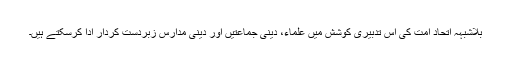
بلاشبہہ اتحاد امت کی اس تدبیری کوشش میں علماء، دینی جماعتیں اور دینی مدارس زبردست کردار ادا کرسکتے ہیں۔